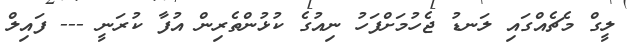
ލީގް މެޗެއްގައި ލަނޑު ޖެހުމަށްފަހު ނިއުގެ ކުޅުންތެރިން އުފާ ކުރަނީ --- ފައިލް